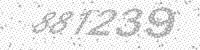
Solution: 881239